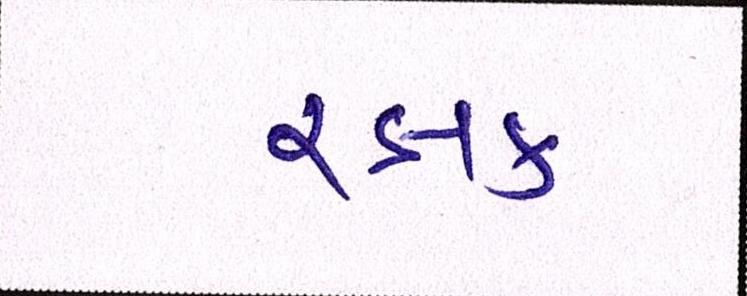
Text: રક્ષક